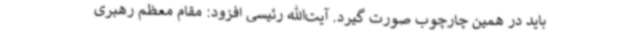
باید در همین چارچوب صورت گیرد. آیت‌الله رئیسی افزود: مقام معظم رهبری